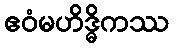
ဧဝံမဟိဒ္ဓိကဿ